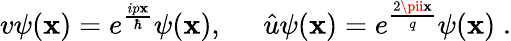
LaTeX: v\psi(\mathbf{x})=e^{\frac{{ip\mathbf{x}}}{{\hbar}}}\psi(\mathbf{x}),\; \; \; \; \; \hat{{u}}\psi(\mathbf{x})=e^{\frac{{2\pii\mathbf{x}}}{{q}}}\psi(\mathbf{x})\; .